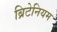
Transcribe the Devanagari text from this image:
ब्रिटेनियम